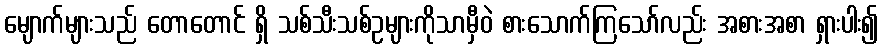
မျောက်များသည် တောတောင် ရှိ သစ်သီးသစ်ဥများကိုသာမှီဝဲ စားသောက်ကြသော်လည်း အစားအစာ ရှားပါး၍